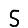
Digit: 5